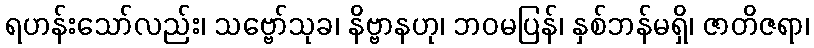
ရဟန်းသော်လည်း၊ သဗ္ဗော်သုခ၊ နိဗ္ဗာနဟု၊ ဘဝမပြန်၊ နှစ်ဘန်မရှိ၊ ဇာတိဇရာ၊